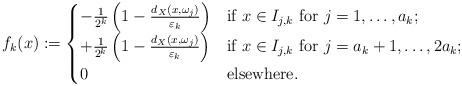
LaTeX: \begin{align*}f_k(x):=\begin{cases}-\frac{1}{2^k}\left(1-\frac{d_X(x,\omega_j)}{\varepsilon_k}\right) &\textrm{if } x\in I_{j,k}\textrm{ for } j=1,\dots, a_k;\\+\frac{1}{2^k}\left(1-\frac{d_X(x,\omega_j)}{\varepsilon_k}\right) &\textrm{if } x\in I_{j,k}\textrm{ for } j=a_k+1,\dots, 2a_k;\\0&\textrm{elsewhere}.\end{cases}\end{align*}